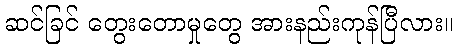
ဆင်ခြင် တွေးတောမှုတွေ အားနည်းကုန်ပြီလား။